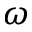
\omega